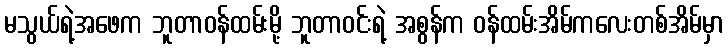
မသွယ်ရဲ့အဖေက ဘူတာဝန်ထမ်းမို့ ဘူတာဝင်းရဲ့ အစွန်က ဝန်ထမ်းအိမ်ကလေးတစ်အိမ်မှာ